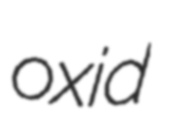
oxid